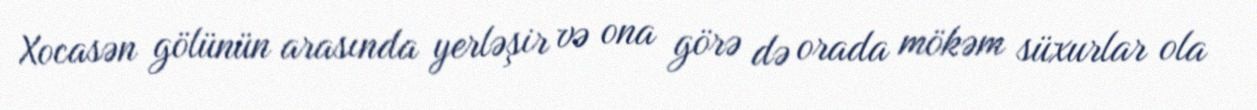
Xocasən gölünün arasında yerləşir və ona görə də orada mökəm süxurlar ola